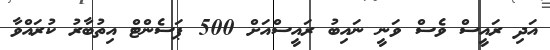
އަދި ރައީސް ވެސް ވަނީ ނައިބު ރައީސްއަށް 500 ޕަސެންޓް އިތުބާރު ކުރައްވާ